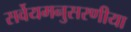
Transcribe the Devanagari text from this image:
सर्वेयमनुसरणीया